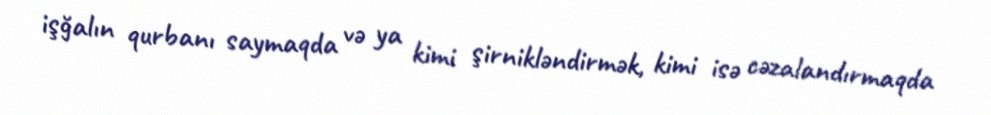
işğalın qurbanı saymaqda və ya kimi şirnikləndirmək, kimi isə cəzalandırmaqda